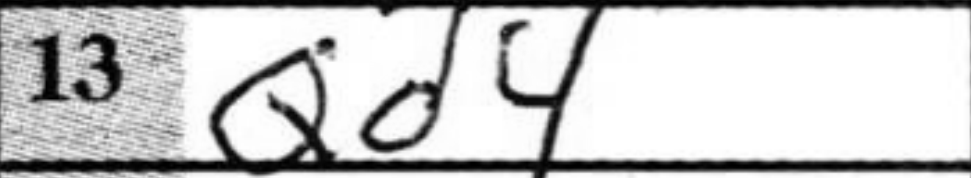
Transcription: Qd4